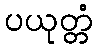
ပယုတ္တံ